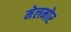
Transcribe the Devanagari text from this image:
मेलमोर